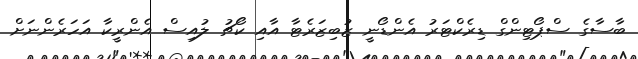
ބާސާގެ ސްޕޯޓިންގް ޑިރެކްޓަރު އެންޑޯނީ ޒުބިޒަރެޓާ އާއި ކޯޗު ލުއިސް އެންރީކާ އަހަރެންނަށް